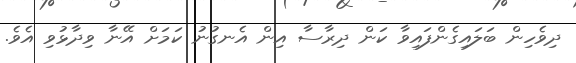
ދިވެހިން ބަލައިގެންފައިވާ ކަން ދިރާސާ އިން އެނގުނު ކަމަށް އޭނާ ވިދާޅުވި އެވެ.